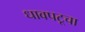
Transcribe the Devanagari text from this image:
धावपटूचा